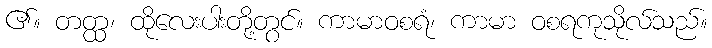
၏။ တတ္ထ၊ ထိုလေးပါးတို့တွင်။ ကာမာဝစရံ၊ ကာမာ ဝစရကုသိုလ်သည်။